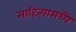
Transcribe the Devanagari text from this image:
साहित्यामध्यॆ